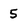
Character: 5